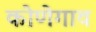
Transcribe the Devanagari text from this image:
कोणेगाव